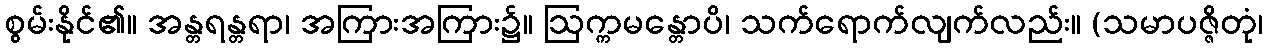
စွမ်းနိုင်၏။ အန္တရန္တရာ၊ အကြားအကြား၌။ ဩက္ကမန္တောပိ၊ သက်ရောက်လျက်လည်း။ (သမာပဇ္ဇိတုံ၊